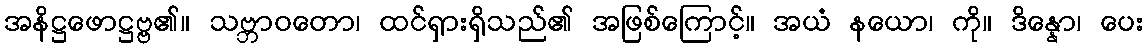
အနိဋ္ဌဖောဋ္ဌဗ္ဗ၏။ သဗ္ဘာဝတော၊ ထင်ရှားရှိသည်၏ အဖြစ်ကြောင့်။ အယံ နယော၊ ကို။ ဒိန္နော၊ ပေး